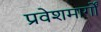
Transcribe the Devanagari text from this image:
प्रवेशमार्गों